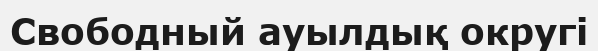
Свободный ауылдық округі